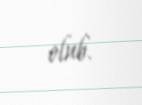
olub.